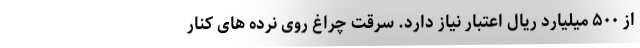
از ۵۰۰ میلیارد ریال اعتبار نیاز دارد. سرقت چراغ روی نرده های کنار